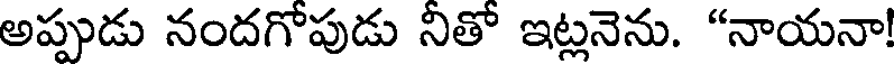
అప్పుడు నందగోపుడు నితో ఇట్లనెను. "నాయనా!